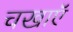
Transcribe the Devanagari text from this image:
चखाएॅ